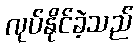
လုပ်နိုင်ခဲ့သည်